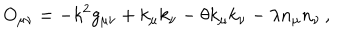
O _ { \mu \nu } = - k ^ { 2 } g _ { \mu \nu } + k _ { \mu } k _ { \nu } - \theta k _ { \mu } k _ { \nu } - \lambda n _ { \mu } n _ { \nu } \, ,